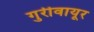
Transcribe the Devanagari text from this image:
गुरीवायूर